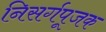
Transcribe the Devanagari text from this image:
निसर्गपूजक